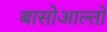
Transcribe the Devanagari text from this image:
बासोआल्तो